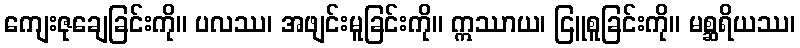
ကျေးဇုချေခြင်းကို။ ပလဿ၊ အဖျင်းမူခြင်းကို။ ဣဿာယ၊ ငြူစူခြင်းကို။ မစ္ဆရိယဿ၊